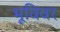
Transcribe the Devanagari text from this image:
भूविवर